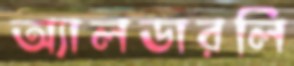
অ্যালডারলি